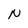
Character: N